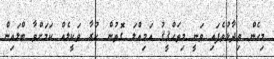
މިހެން ވިދާޅުވެފައި ވަނީ މިތަޙްޤީޤު އަމިއްލަ ގޮތުން ކުރާ ވަކީލެއް ކަމަށްވާ ބްލައިން